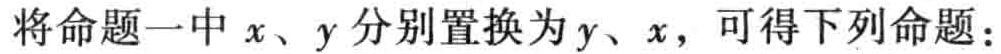
将命题一中 \(x\)、\(y\) 分别置换为 \(y\)、\(x\)，可得下列命题：